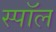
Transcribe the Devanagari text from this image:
स्पॉल